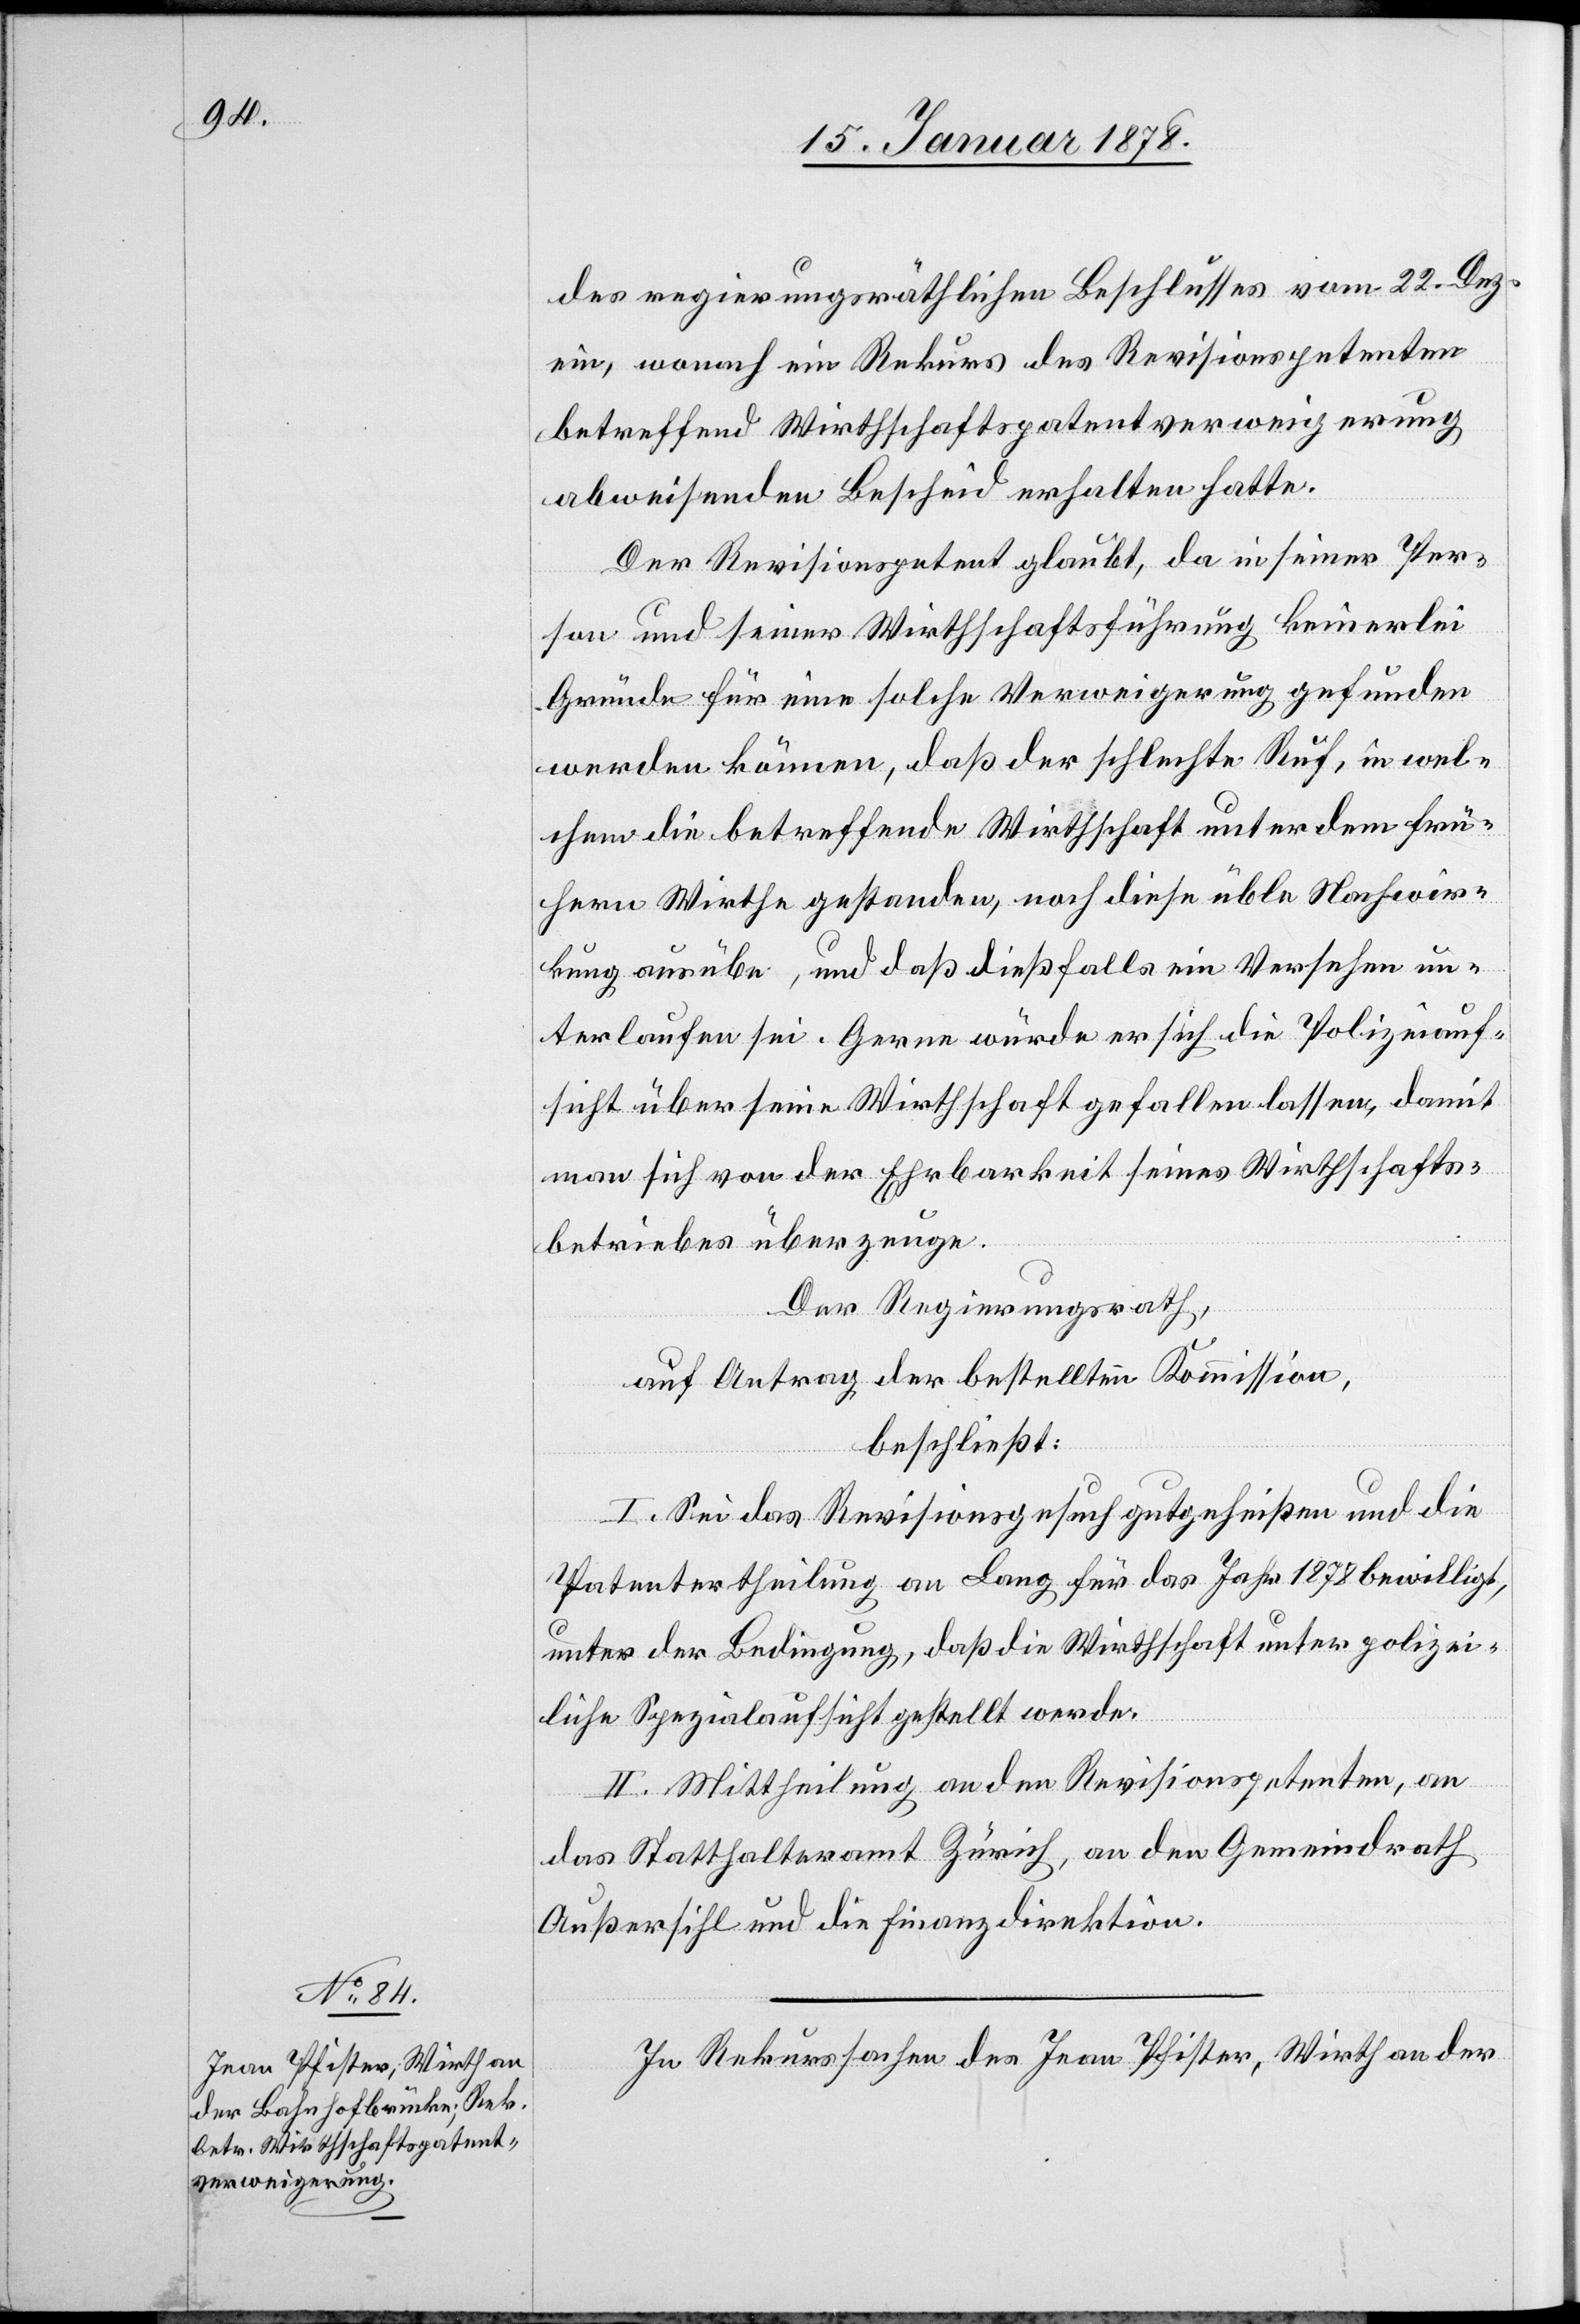
des regierungsräthlichen Beschlusses vom 22. Dez.
ein, wonach ein Rekurs des Revisionspetenten
betreffend Wirthschaftspatentverweigerung
abweisenden Bescheid erhalten hatte.
Der Revisionspetent glaubt, da in seiner Per¬
son und seiner Wirthschaftsführung keinerlei
Gründe für eine solche Verweigerung gefunden
werden können, daß der schlechte Ruf, in wel¬
chem die betreffende Wirthschaft unter dem frü¬
hern Wirthe gestanden, noch diese üble Nachwir¬
kung ausübe, und daß dießfalls ein Versehen un¬
terlaufen sei. Gerne würde er sich die Polizeiauf¬
sicht über seine Wirthschaft gefallen lassen, damit
man sich von der Ehrbarkeit seines Wirthschafts¬
betriebes überzeuge.
Der Regierungsrath,
auf Antrag der bestellten Kommission,
beschließt:
I. Sei das Revisionsgesuch gutgeheißen und die
Patentertheilung an Lang für das Jahr 1878 bewilligt,
unter der Bedingung, daß die Wirthschaft unter polizei¬
liche Spezialaufsicht gestellt werde.
II. Mittheilung an den Revisionspetenten, an
das Statthalteramt Zürich, an den Gemeindrath
Außersihl und die Finanzdirektion.
In Rekurssache des Jean Pfister, Wirth an der